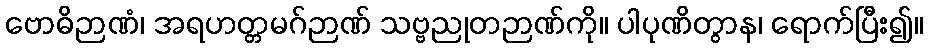
ဗောဓိဉာဏံ၊ အရဟတ္တမဂ်ဉာဏ် သဗ္ဗညုတဉာဏ်ကို။ ပါပုဏိတွာန၊ ရောက်ပြီး၍။